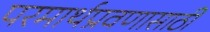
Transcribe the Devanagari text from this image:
परमार्थप्रवणासाठी